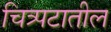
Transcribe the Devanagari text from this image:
चित्र्पटातील